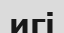
игі